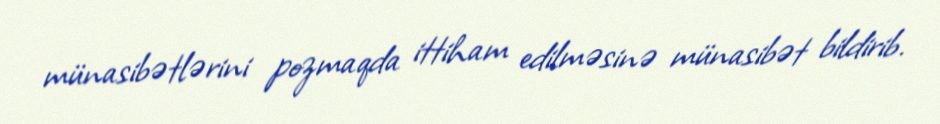
münasibətlərini pozmaqda ittiham edilməsinə münasibət bildirib.